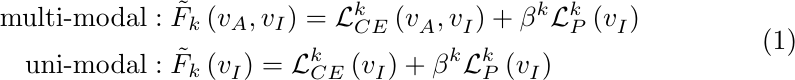
\begin{equation}
    \begin{aligned}
        \mathrm{multi}\mbox{-}\mathrm{modal}&: \tilde{F}_k\left( v_{A},v_{I} \right) =\mathcal{L} _{CE}^{k}\left( v_{A}^{},v_{I}^{} \right) +\beta ^k\mathcal{L} _{P}^{k}\left( v_{I}^{} \right)
\\
\mathrm{uni}\mbox{-}\mathrm{modal}&: \tilde{F}_k\left( v_{I}^{} \right) =\mathcal{L} _{CE}^{k}\left( v_{I}^{} \right) +\beta ^k\mathcal{L} _{P}^{k}\left( v_{I}^{} \right)
    \end{aligned}
    \label{eq:loss 2}
\end{equation}